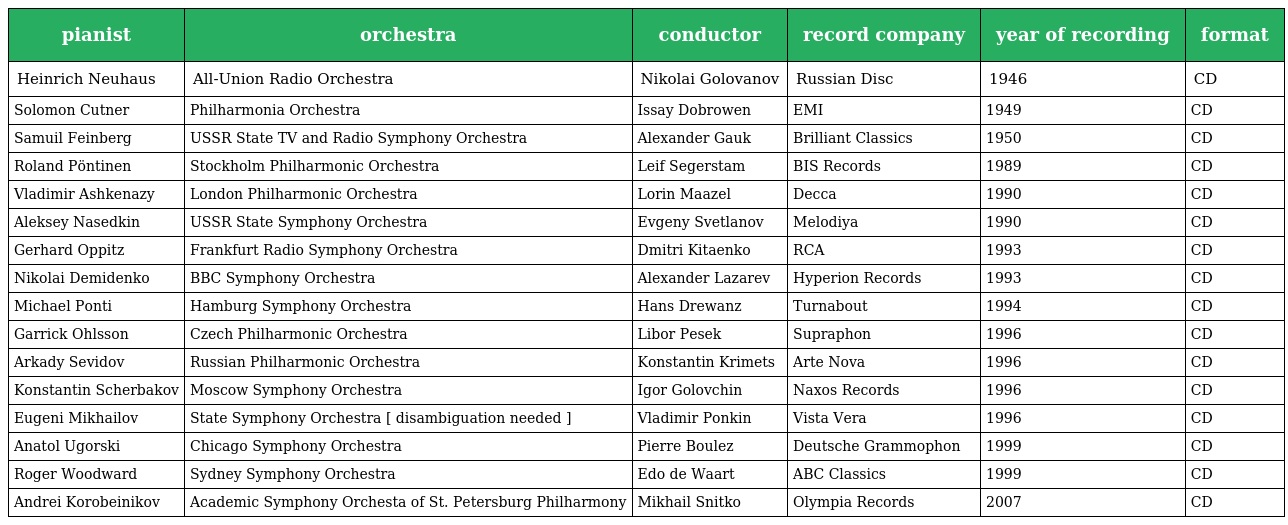
| pianist | orchestra | conductor | record company | year of recording | format |
 | --- | --- | --- | --- | --- | --- |
 | Heinrich Neuhaus | All-Union Radio Orchestra | Nikolai Golovanov | Russian Disc | 1946 | CD |
 | Solomon Cutner | Philharmonia Orchestra | Issay Dobrowen | EMI | 1949 | CD |
 | Samuil Feinberg | USSR State TV and Radio Symphony Orchestra | Alexander Gauk | Brilliant Classics | 1950 | CD |
 | Roland Pöntinen | Stockholm Philharmonic Orchestra | Leif Segerstam | BIS Records | 1989 | CD |
 | Vladimir Ashkenazy | London Philharmonic Orchestra | Lorin Maazel | Decca | 1990 | CD |
 | Aleksey Nasedkin | USSR State Symphony Orchestra | Evgeny Svetlanov | Melodiya | 1990 | CD |
 | Gerhard Oppitz | Frankfurt Radio Symphony Orchestra | Dmitri Kitaenko | RCA | 1993 | CD |
 | Nikolai Demidenko | BBC Symphony Orchestra | Alexander Lazarev | Hyperion Records | 1993 | CD |
 | Michael Ponti | Hamburg Symphony Orchestra | Hans Drewanz | Turnabout | 1994 | CD |
 | Garrick Ohlsson | Czech Philharmonic Orchestra | Libor Pesek | Supraphon | 1996 | CD |
 | Arkady Sevidov | Russian Philharmonic Orchestra | Konstantin Krimets | Arte Nova | 1996 | CD |
 | Konstantin Scherbakov | Moscow Symphony Orchestra | Igor Golovchin | Naxos Records | 1996 | CD |
 | Eugeni Mikhailov | State Symphony Orchestra [ disambiguation needed ] | Vladimir Ponkin | Vista Vera | 1996 | CD |
 | Anatol Ugorski | Chicago Symphony Orchestra | Pierre Boulez | Deutsche Grammophon | 1999 | CD |
 | Roger Woodward | Sydney Symphony Orchestra | Edo de Waart | ABC Classics | 1999 | CD |
 | Andrei Korobeinikov | Academic Symphony Orchesta of St. Petersburg Philharmony | Mikhail Snitko | Olympia Records | 2007 | CD |